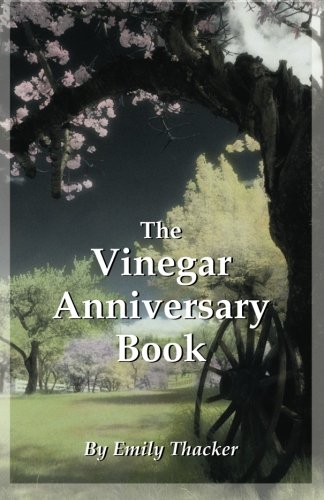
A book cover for The Vinegar Anniversary Book; Emily Thacker; Health, Fitness & Dieting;